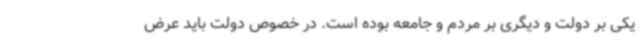
یکی بر دولت و دیگری بر مردم و جامعه بوده است. در خصوص دولت باید عرض